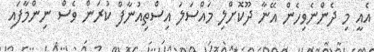
އެއީ މި ދެންނެވިހެން އޭނާ ދޫކޮށްލި މައްސަލަ އިސްތިއުނާފް ކުރަން ވެސް ނިންމާފައި